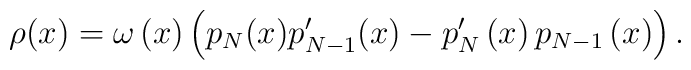
\rho (x)=\omega \left( x\right) \left( p_{N}(x)p_{N-1}^{\prime}(x)-p_{N}^{\prime }\left( x\right) p_{N-1}\left( x\right) \right) .